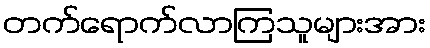
တက်ရောက်လာကြသူများအား